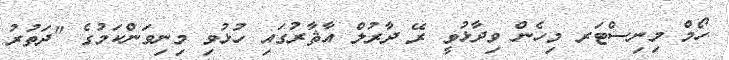
ހޯމް މިނިސްޓަރ މިހެން ވިދާޅުވީ ރޭ ދާރުލް އާޘާރުގައި ހުޅުވި މިނިވަންކަމުގެ "ދަތުރު